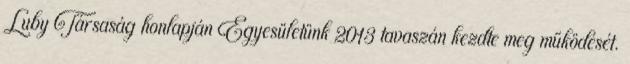
Luby Társaság honlapján Egyesületünk 2013 tavaszán kezdte meg működését.